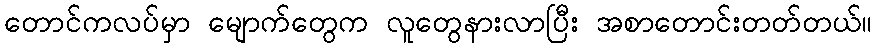
တောင်ကလပ်မှာ မျောက်တွေက လူတွေနားလာပြီး အစာတောင်းတတ်တယ်။